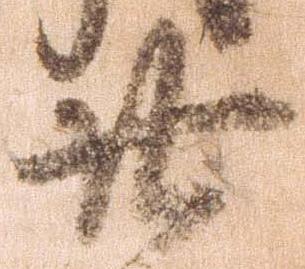
廿